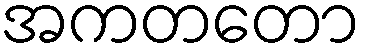
အကတတော